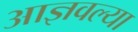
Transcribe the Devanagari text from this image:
आज्ञवल्या